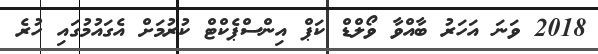
2018 ވަނަ އަހަރު ބާއްވާ ވޯލްޑް ކަޕް އިންސްޕެކްޓް ކުރުމަށް އެގައުމުގައި ހުރެ